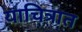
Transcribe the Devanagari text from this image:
याचित्रात